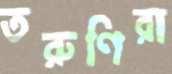
তরুণিরা